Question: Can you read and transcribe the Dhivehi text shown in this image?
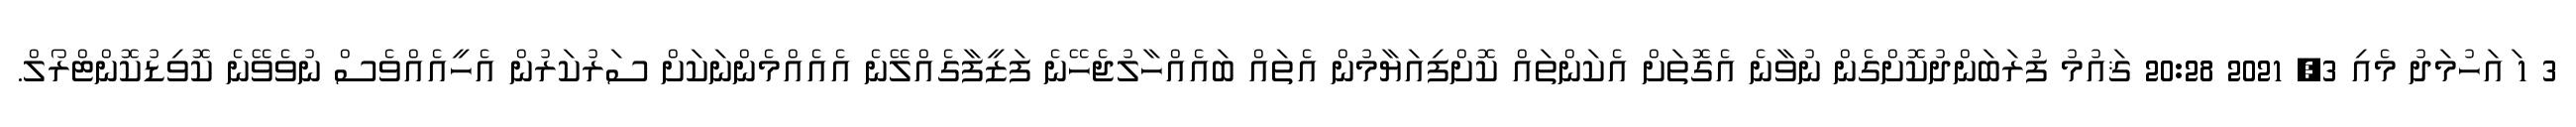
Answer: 3 1 ައަހުމަދު މެއި 3, 2021 20:28 ޤައުމު ފުރަބަންދުކޮށްގެން ނުވާނެ އެގޮތަށް އެކަންތައް ކޮށްފިއަޔާމުން އެތައް ބައެއްހާލުޖެހޭނެ ފަޒީފާގެއްލޭނެ އެއެއްމެންނަކަށް ސަރުކަރުން އެހީއެއްވެސް ނުވެވޭނެ ކޮވިޑުކޮންޓްރޯލް.